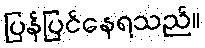
ပြန်ပြင်နေရသည်။